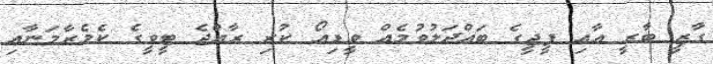
ގާޒީ ބާރީ އާއި ޕީޖީގެ ބައްދަލުވުމެއް ވީޑިއޯ ކުރި ރާއްޖެ ޓީވީގެ ކެމެރާމަނާއި